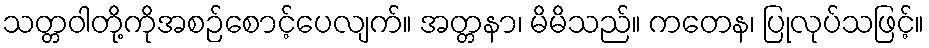
သတ္တဝါတို့ကိုအစဉ်စောင့်ပေလျက်။ အတ္တနာ၊ မိမိသည်။ ကတေန၊ ပြုလုပ်သဖြင့်။